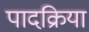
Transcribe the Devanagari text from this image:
पादक्रिया